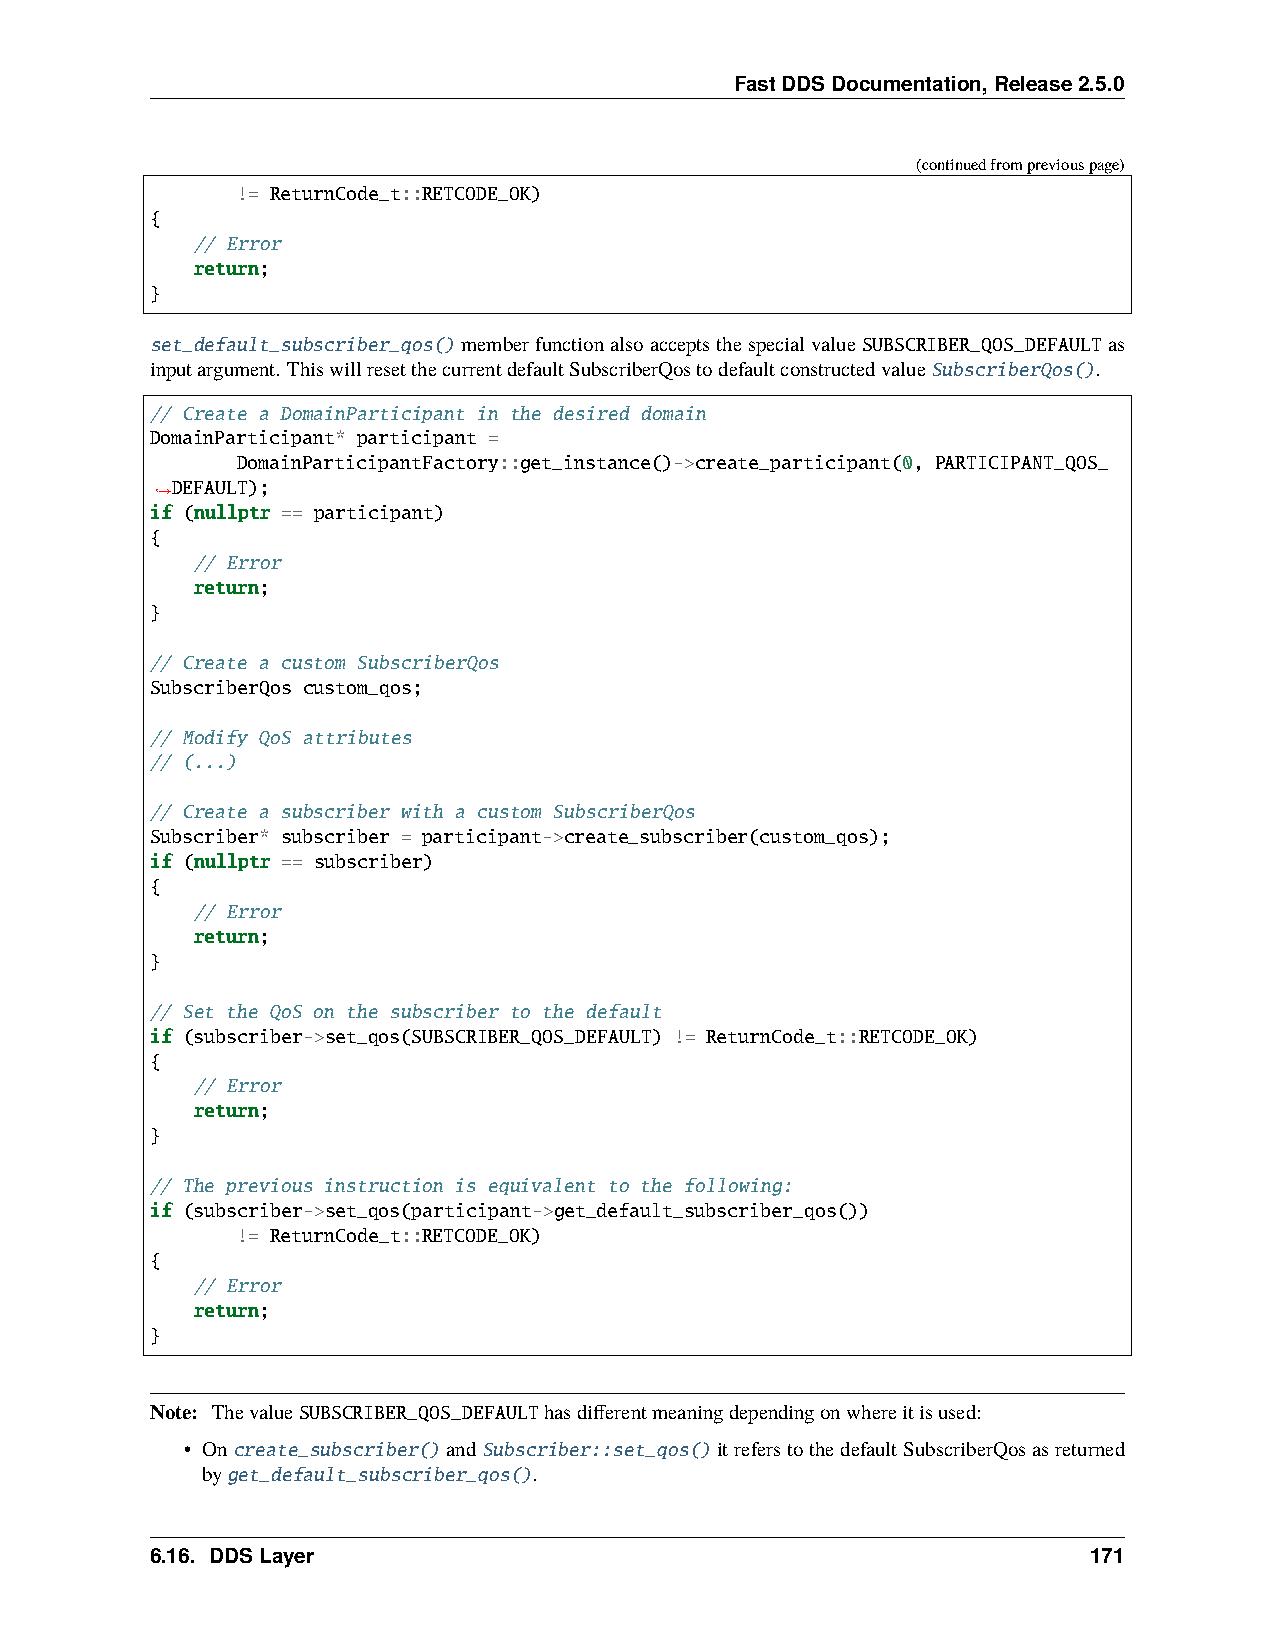
FastDDSDocumentation,Release2.5.0
 (continuedfrompreviouspage)
 != ReturnCode_t::RETCODE_OK)
 {
 // Error
 return;
 }
 set_default_subscriber_qos()memberfunctionalsoacceptsthespecialvalueSUBSCRIBER_QOS_DEFAULTas
 inputargument. ThiswillresetthecurrentdefaultSubscriberQostodefaultconstructedvalueSubscriberQos().
 // Create a DomainParticipant in the desired domain
 DomainParticipant* participant =
 DomainParticipantFactory::get_instance()->create_participant(0, PARTICIPANT_QOS_
 DEFAULT);
 ˓→
 if (nullptr == participant)
 {
 // Error
 return;
 }
 // Create a custom SubscriberQos
 SubscriberQos custom_qos;
 // Modify QoS attributes
 // (...)
 // Create a subscriber with a custom SubscriberQos
 Subscriber* subscriber = participant->create_subscriber(custom_qos);
 if (nullptr == subscriber)
 {
 // Error
 return;
 }
 // Set the QoS on the subscriber to the default
 if (subscriber->set_qos(SUBSCRIBER_QOS_DEFAULT) != ReturnCode_t::RETCODE_OK)
 {
 // Error
 return;
 }
 // The previous instruction is equivalent to the following:
 if (subscriber->set_qos(participant->get_default_subscriber_qos())
 != ReturnCode_t::RETCODE_OK)
 {
 // Error
 return;
 }
 Note: ThevalueSUBSCRIBER_QOS_DEFAULThasdifferentmeaningdependingonwhereitisused:
 • Oncreate_subscriber()andSubscriber::set_qos()itreferstothedefaultSubscriberQosasreturned
 byget_default_subscriber_qos().
 6.16. DDSLayer                                                171